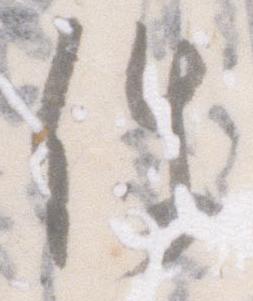
件